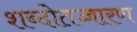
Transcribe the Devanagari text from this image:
शब्दोतच्चारण